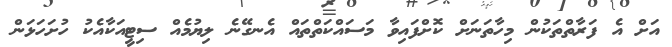
އަށް އެ ފަރާތްތަކުން މިހާތަނަށް ކޮށްފައިވާ މަސައްކަތްތައް އެނގޭނެ ލިޔުމެއް ސިޓީއަކާއެކު ހުށަހަޅަން